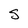
Character: S